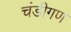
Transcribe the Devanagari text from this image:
चंडीगण